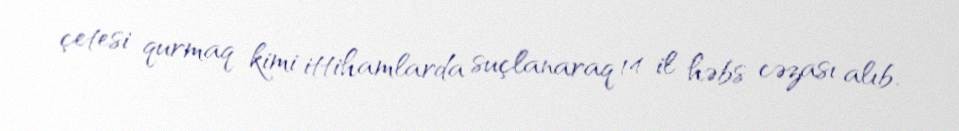
çetesi qurmaq kimi ittihamlarda suçlanaraq 14 il həbs cəzası alıb.